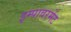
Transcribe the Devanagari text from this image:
इम्पावरमेंट